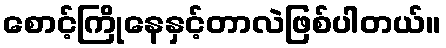
စောင့်ကြိုနေနှင့်တာလဲဖြစ်ပါတယ်။